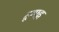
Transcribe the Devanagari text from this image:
द्ग्फ्ह्न